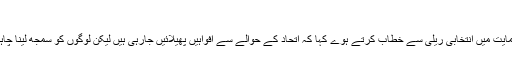
بی ایس پی اتحاد انتہائی مضبوط ہے‘
بدھ کے روز مایاوتی نے دیوریا میں اتحاد کے امیدواروں کے حمایت میں انتخابی ریلی سے خطاب کرتے ہوے کہا کہ اتحاد کے حوالے سے افواہیں پھیلائیں جارہی ہیں لیکن لوگوں کو سمجھ لینا چاہیے کہ یہ دائمی اور مضبوط ہے اور لمبے عرصے تک چلے گا۔